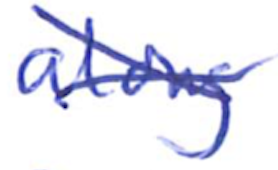
Text: along
Cross-out: cross
Writing tool: ballpoint